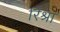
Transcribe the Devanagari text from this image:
रिश्रा